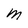
Character: M